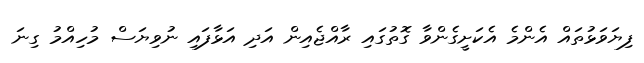
ފިޔަވަޅުތައް އެންމެ އެކަށީގެންވާ ގޮތުގައި ރާއްޖެއިން އަދި އަޅާފައި ނުވިޔަސް މުހިއްމު ގިނަ